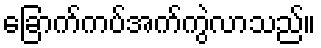
ခြောက်ကပ်အက်ကွဲလာသည်။